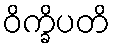
ဝိက္ခိပတိ